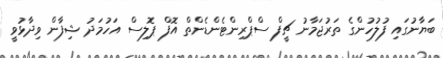
ބަޔާނުގައި ފުލުހުންގެ ތަރުޖަމާނު ޗީފް ސްޕްރިންޓެންޑެންތް އޮފް ޕޮލިސް އަހުމަދު ޝިފާން ވިދާޅުވީ